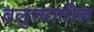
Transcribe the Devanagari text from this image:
बलुत्यातील